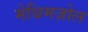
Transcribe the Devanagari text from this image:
मेथिमज़ोल